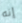
إنه